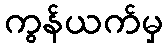
ကွန်ယက်မှ